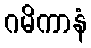
ဂမိကာနံ